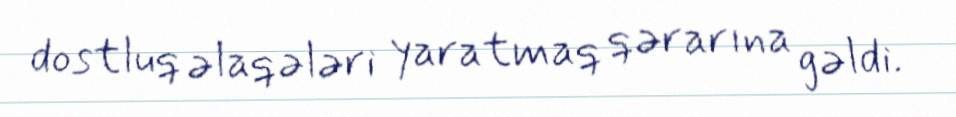
dostluq əlaqələri yaratmaq qərarına gəldi.